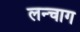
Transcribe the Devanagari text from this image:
लन्चाग